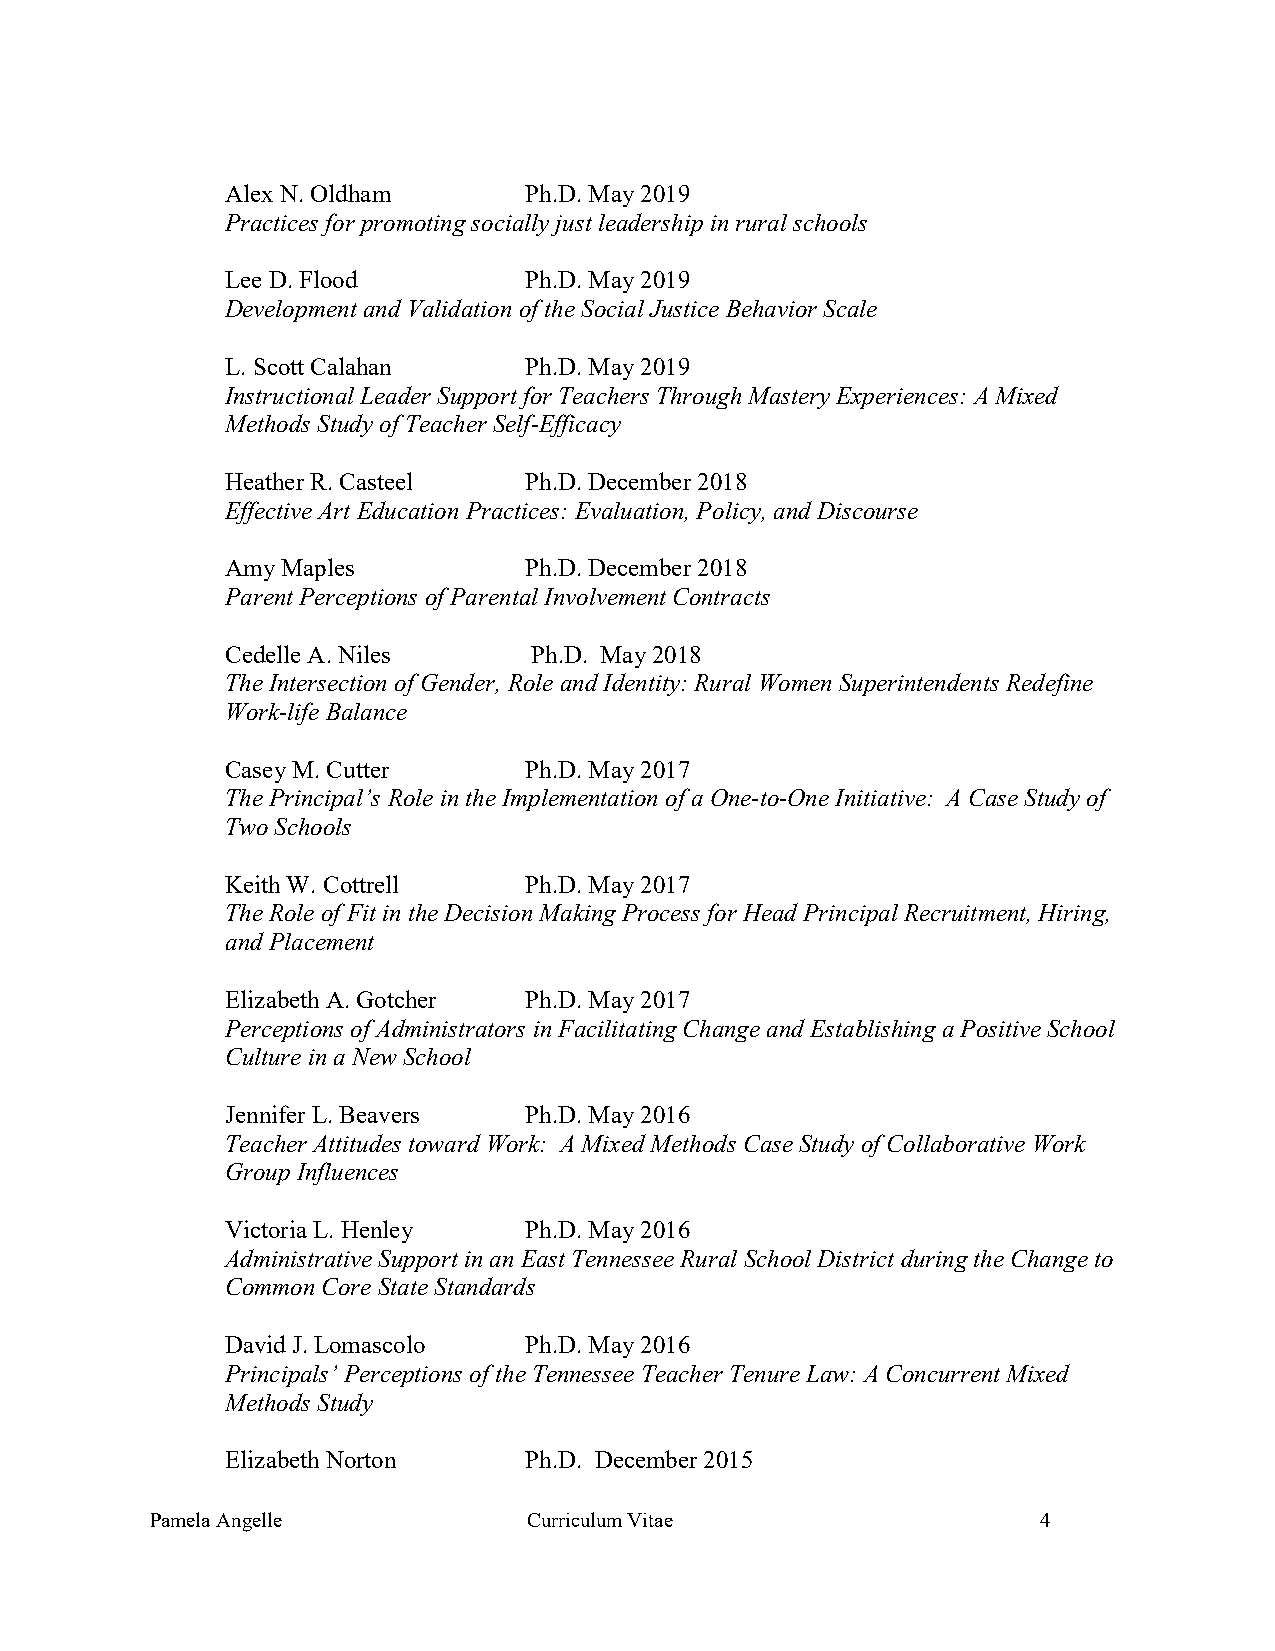
Alex N. Oldham      Ph.D. May 2019
 Practices for promoting socially just leadership in rural schools
 Lee D. Flood        Ph.D. May 2019
 Development and Validation of the Social Justice Behavior Scale
 L. Scott Calahan    Ph.D. May 2019
 Instructional Leader Support for Teachers Through Mastery Experiences: A Mixed
 Methods Study of Teacher Self-Efficacy
 Heather R. Casteel  Ph.D. December 2018
 Effective Art Education Practices: Evaluation, Policy, and Discourse
 Amy Maples          Ph.D. December 2018
 Parent Perceptions of Parental Involvement Contracts
 Cedelle A. Niles    Ph.D. May 2018
 The Intersection of Gender, Role and Identity: Rural Women Superintendents Redefine
 Work-life Balance
 Casey M. Cutter     Ph.D. May 2017
 The Principal’s Role in the Implementation of a One-to-One Initiative: A Case Study of
 Two Schools
 Keith W. Cottrell   Ph.D. May 2017
 The Role of Fit in the Decision Making Process for Head Principal Recruitment, Hiring,
 and Placement
 Elizabeth A. Gotcher Ph.D. May 2017
 Perceptions of Administrators in Facilitating Change and Establishing a Positive School
 Culture in a New School
 Jennifer L. Beavers Ph.D. May 2016
 Teacher Attitudes toward Work: A Mixed Methods Case Study of Collaborative Work
 Group Influences
 Victoria L. Henley  Ph.D. May 2016
 Administrative Support in an East Tennessee Rural School District during the Change to
 Common Core State Standards
 David J. Lomascolo  Ph.D. May 2016
 Principals’ Perceptions of the Tennessee Teacher Tenure Law: A Concurrent Mixed
 Methods Study
 Elizabeth Norton    Ph.D. December 2015
 Pamela Angelle           Curriculum Vitae                  4